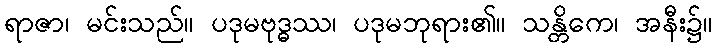
ရာဇာ၊ မင်းသည်။ ပဒုမဗုဒ္ဓဿ၊ ပဒုမဘုရား၏။ သန္တိကေ၊ အနီး၌။